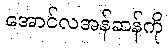
အောင်လအန်ဆန်ကို